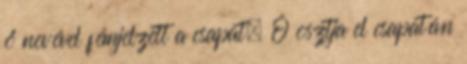
ő nevével fémjelzett a csapat. Ő osztja el csapatán